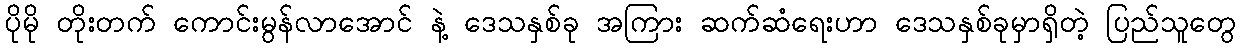
ပိုမို တိုးတက် ကောင်းမွန်လာအောင် နဲ့ ဒေသနှစ်ခု အကြား ဆက်ဆံရေးဟာ ဒေသနှစ်ခုမှာရှိတဲ့ ပြည်သူတွေ